Indian Medical Review
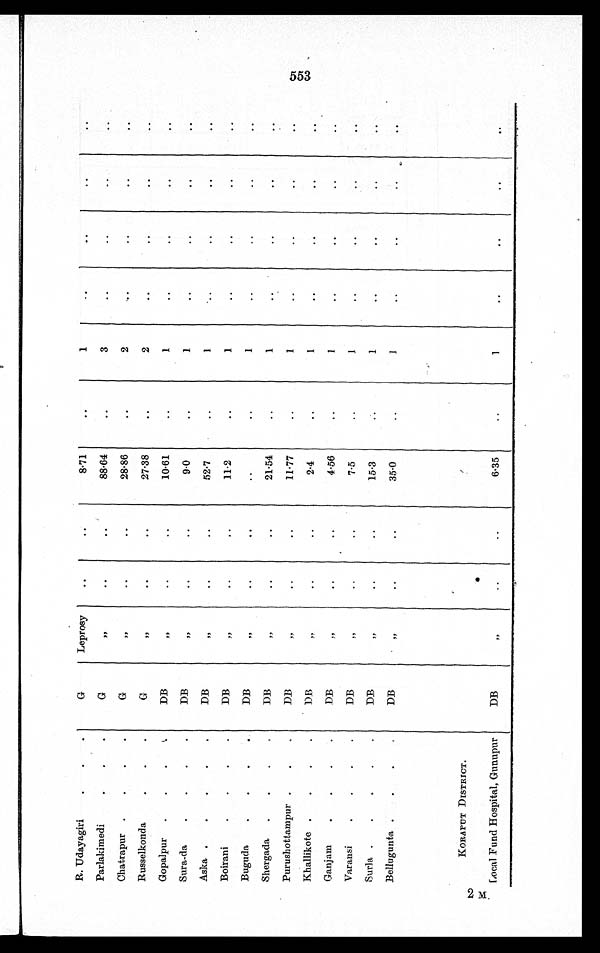
R. Udayagiri
G
Leprosy
8.71
1
Parlakimedi
G
„
88.64
3
Chatrapur
G
„
28.86
2
Russelkonda
G
„
27.38
2
Gopalpur
DB
„
10.61
1
Sura-da
DB
„
9.0
1
Aska
DB
„
52.7
1
Boirani
DB
„
1 1 . 2
1
Buguda
DB
„
1
Shergada
DB
„
21.54
1
Purushottampur
DB
„
11.77
1
Khallikote
DB
„
2.4
1
Ganjam
DB
„
4.56
1
Varansi
DB
„
7.5
1
Surla
DB
„
15.3
1
Bellugunta
DB
„
35.0
1
KORAPUT DISTRICT.
Local Fund Hospital, Gunupur
DB
„
6.35
1
2 M.